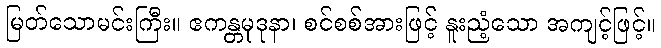
မြတ်သောမင်းကြီး။ ဧကန္တမုဒုနာ၊ စင်စစ်အားဖြင့် နူးညံ့သော အကျင့်ဖြင့်။